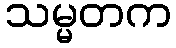
သမ္မတက